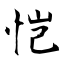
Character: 恺